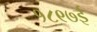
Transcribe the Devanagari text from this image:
१८९७ई